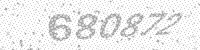
Solution: 680872